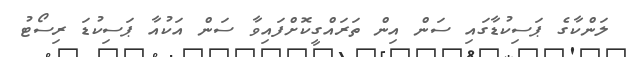
ލަންކާގެ ޕަސިކުޑާގައި ސަން އިން ތަރައްގީކޮށްފައިވާ ސަން އަކުއާ ޕަސިކުޑަ ރިސޯޓު